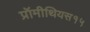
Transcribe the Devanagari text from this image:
प्रॉमीथियस१५